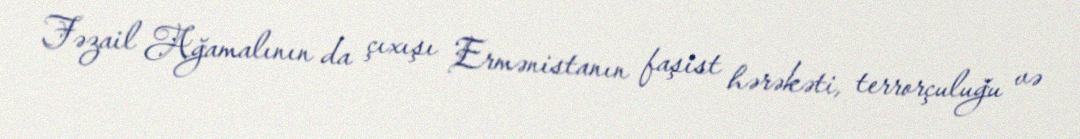
Fəzail Ağamalının da çıxışı Ermənistanın faşist hərəkəti, terrorçuluğu və